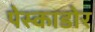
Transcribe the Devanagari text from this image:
पेस्काडोर